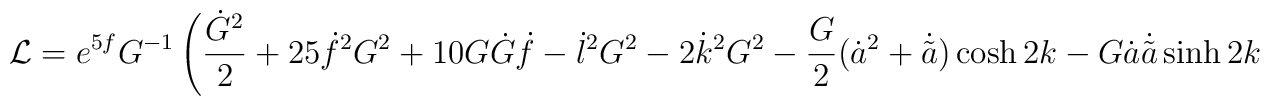
\mathcal{L} = e^{5 f} G^{-1}  \left(  \frac{\dot{G}^2}{2} + 25 \dot{f}^2 G^2+10 G \dot{G}\dot{f}- \dot{l}^2 G^2-2 \dot{k}^2 G^2-\frac{ G}{2} (\dot{a}^2+\dot{\tilde{a}}) \cosh2k  - G \dot{a} \dot{\tilde{a}} \sinh2k\right.